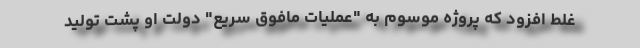
غلط افزود که پروژه موسوم به "عملیات مافوق سریع" دولت او پشت تولید